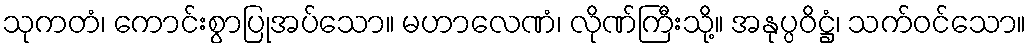
သုကတံ၊ ကောင်းစွာပြုအပ်သော။ မဟာလေဏံ၊ လိုဏ်ကြီးသို့။ အနုပ္ပဝိဋ္ဌံ၊ သက်ဝင်သော။